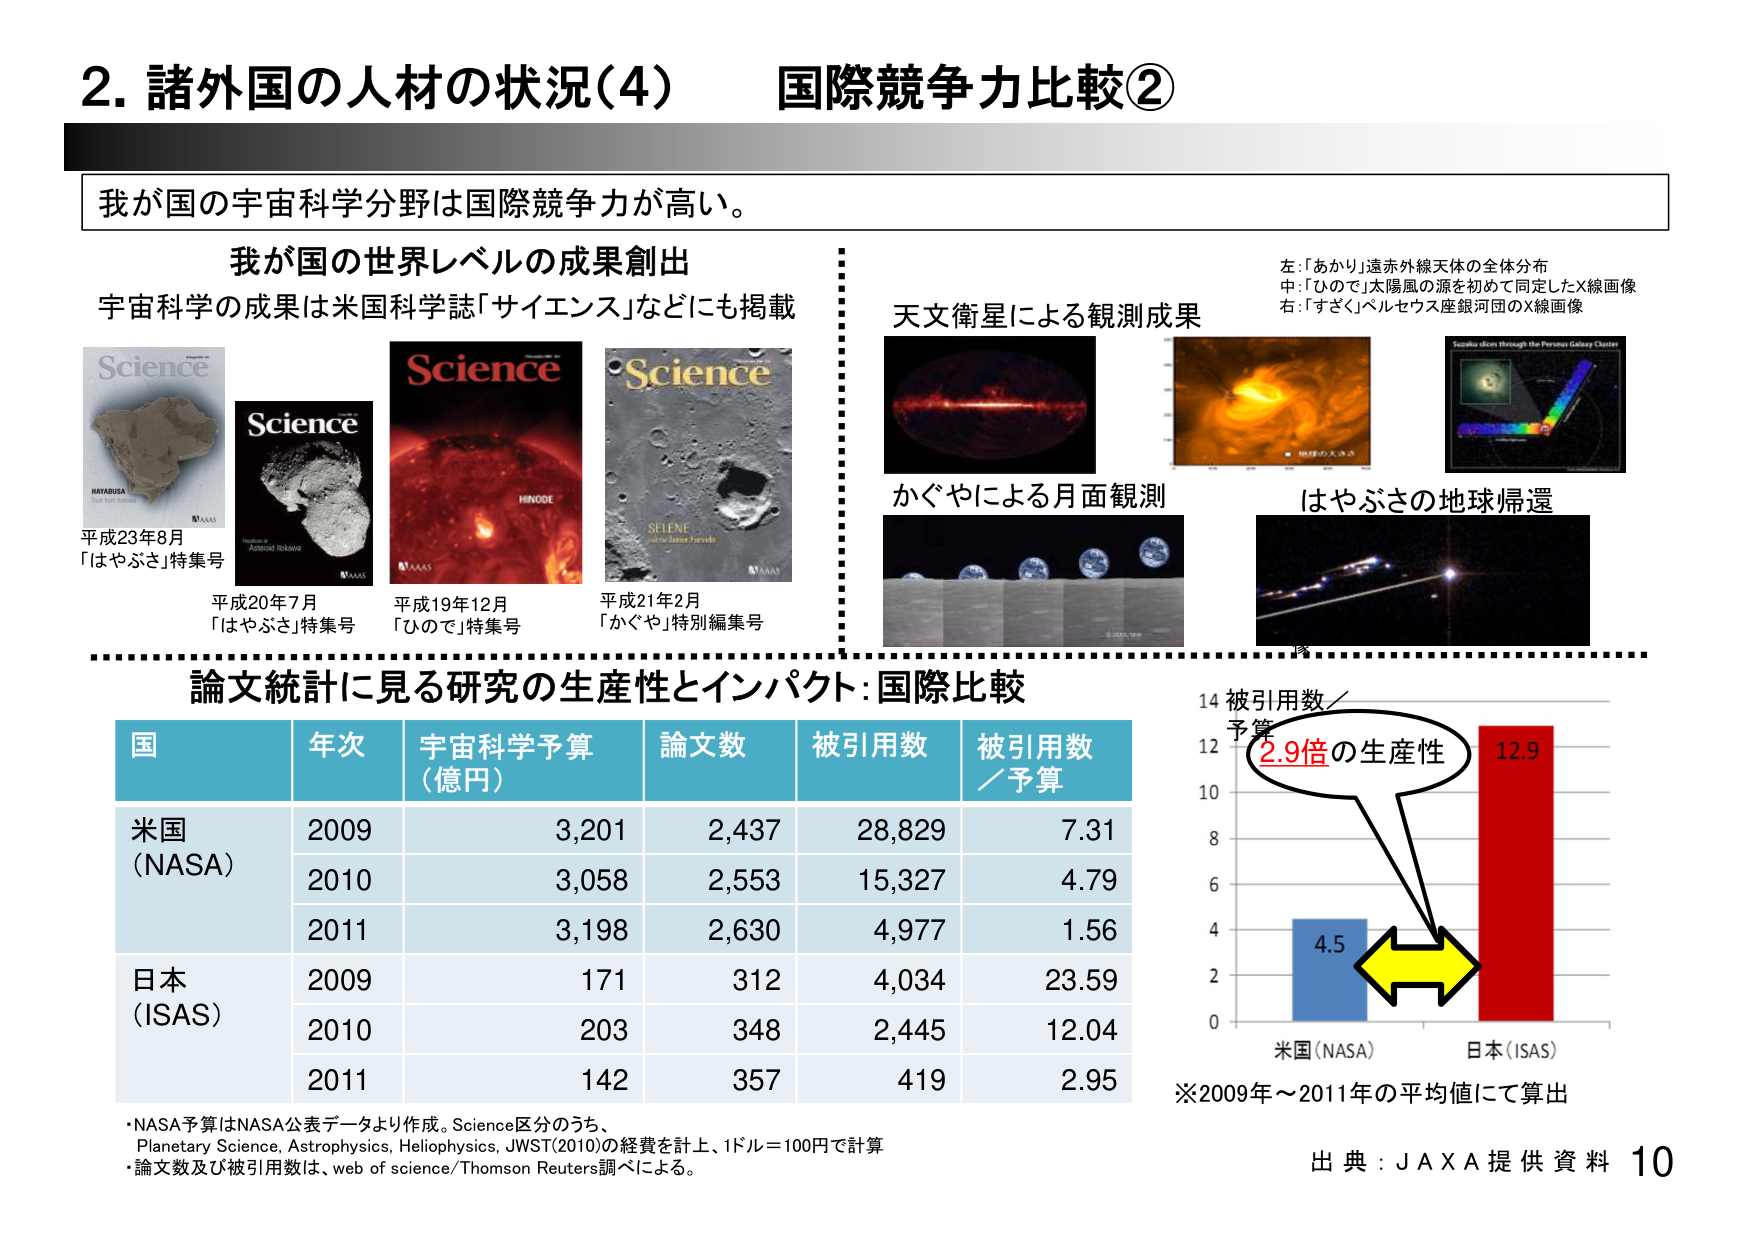
2. 諸外国の人材の状況(4) 国際競争力比較②

我が国の宇宙科学分野は国際競争力が高い。

我が国の世界レベルの成果創出
宇宙科学の成果は米国科学誌「サイエンス」などにも掲載

Science
HAYABUSA
Dust from Itokawa
AAAS
平成23年8月
「はやぶさ」特集号

Science
AAAS
平成20年7月
「はやぶさ」特集号

Science
HINODE
AAAS
平成19年12月
「ひので」特集号

Science
SELENE
Lunar Orbiter
AAAS
平成21年2月
「かぐや」特別編集号

天文衛星による観測成果
左：「あかり」遺赤外線天体の全体分布
中：「ひので」太陽風の源を初めて同定したX線画像
右：「すざく」ペルセウス座銀河団のX線画像

かぐやによる月面観測

はやぶさの地球帰還

論文統計に見る研究の生産性とインパクト：国際比較

国 年次 宇宙科学予算（億円） 論文数 被引用数 被引用数／予算
米国（NASA） 2009 3,201 2,437 28,829 7.31
　　　　　　 2010 3,058 2,553 15,327 4.79
　　　　　　 2011 3,198 2,630 4,977 1.56
日本（ISAS） 2009 171 312 4,034 23.59
　　　　　　 2010 203 348 2,445 12.04
　　　　　　 2011 142 357 419 2.95

被引用数／予算
14
12
10
8
6
4
2
0
米国（NASA） 日本（ISAS）
4.5 12.9
2.9倍の生産性

※2009年～2011年の平均値にて算出

・NASA予算はNASA公表データより作成。Science区分のうち、
Planetary Science, Astrophysics, Heliophysics, JWST(2010)の経費を計上、1ドル＝100円で計算
・論文数及び被引用数は、web of science/Thomson Reuters調べによる。

出典：JAXA提供資料 10